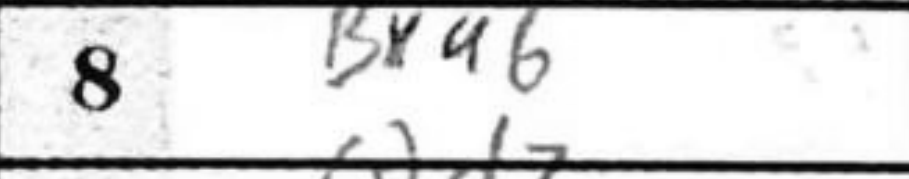
Transcription: Bxa6